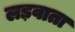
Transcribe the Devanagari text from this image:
लड़वाता